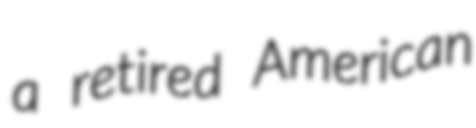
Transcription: a retired American